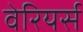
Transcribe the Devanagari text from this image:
वेरियर्स